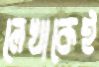
লেখাকেই